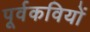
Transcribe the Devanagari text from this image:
पूर्वकवियों